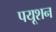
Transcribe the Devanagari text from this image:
पयूशन